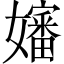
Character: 嬸